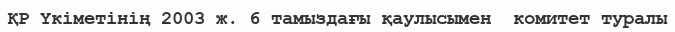
ҚР Үкіметінің 2003 ж. 6 тамыздағы қаулысымен  комитет туралы